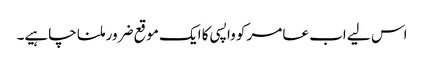
اس لیے اب عامر کو واپسی کا ایک موقع ضرور ملنا چاہیے۔